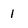
Character: 1